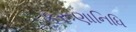
કરૂણાનિધિ